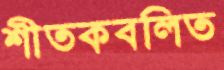
শীতকবলিত